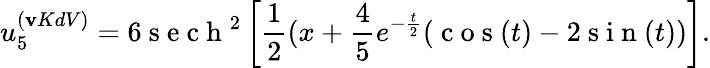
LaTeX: u_{5}^{(\mathbf{v}KdV)}=6\mathrm{{~s~e~c~h~}}^{2}\left[\frac{{1}}{{2}}(x+\frac{{4}}{{5}}e^{-\frac{{t}}{{2}}}(\mathrm{{~c~o~s~}}(t)-2\mathrm{{~s~i~n~}}(t))\right].